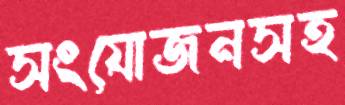
সংযোজনসহ